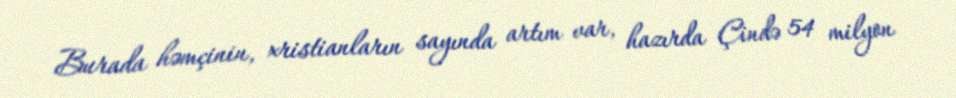
Burada həmçinin, xristianların sayında artım var, hazırda Çində 54 milyon